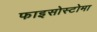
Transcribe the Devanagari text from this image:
फाइसोस्टोमा